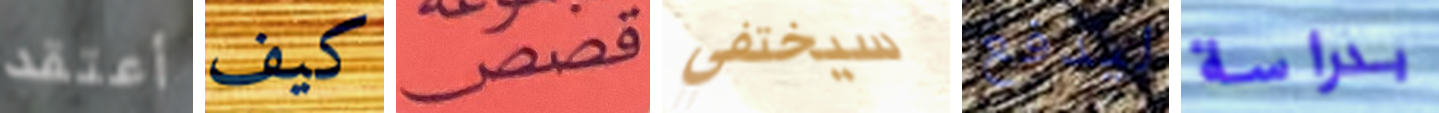
أعتقد كيف قصص سيختفي ليدفع بدراسة